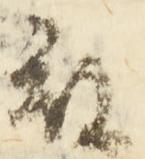
被